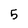
Character: 5